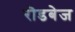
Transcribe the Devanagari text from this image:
रॊडबेज